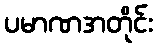
ပမာဏအတိုင်း